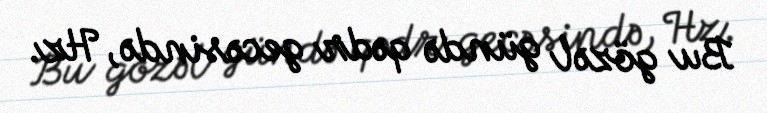
Bu gözəl gündə qədr gecəsində, Hz.